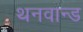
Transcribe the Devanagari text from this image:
थनवान्ड